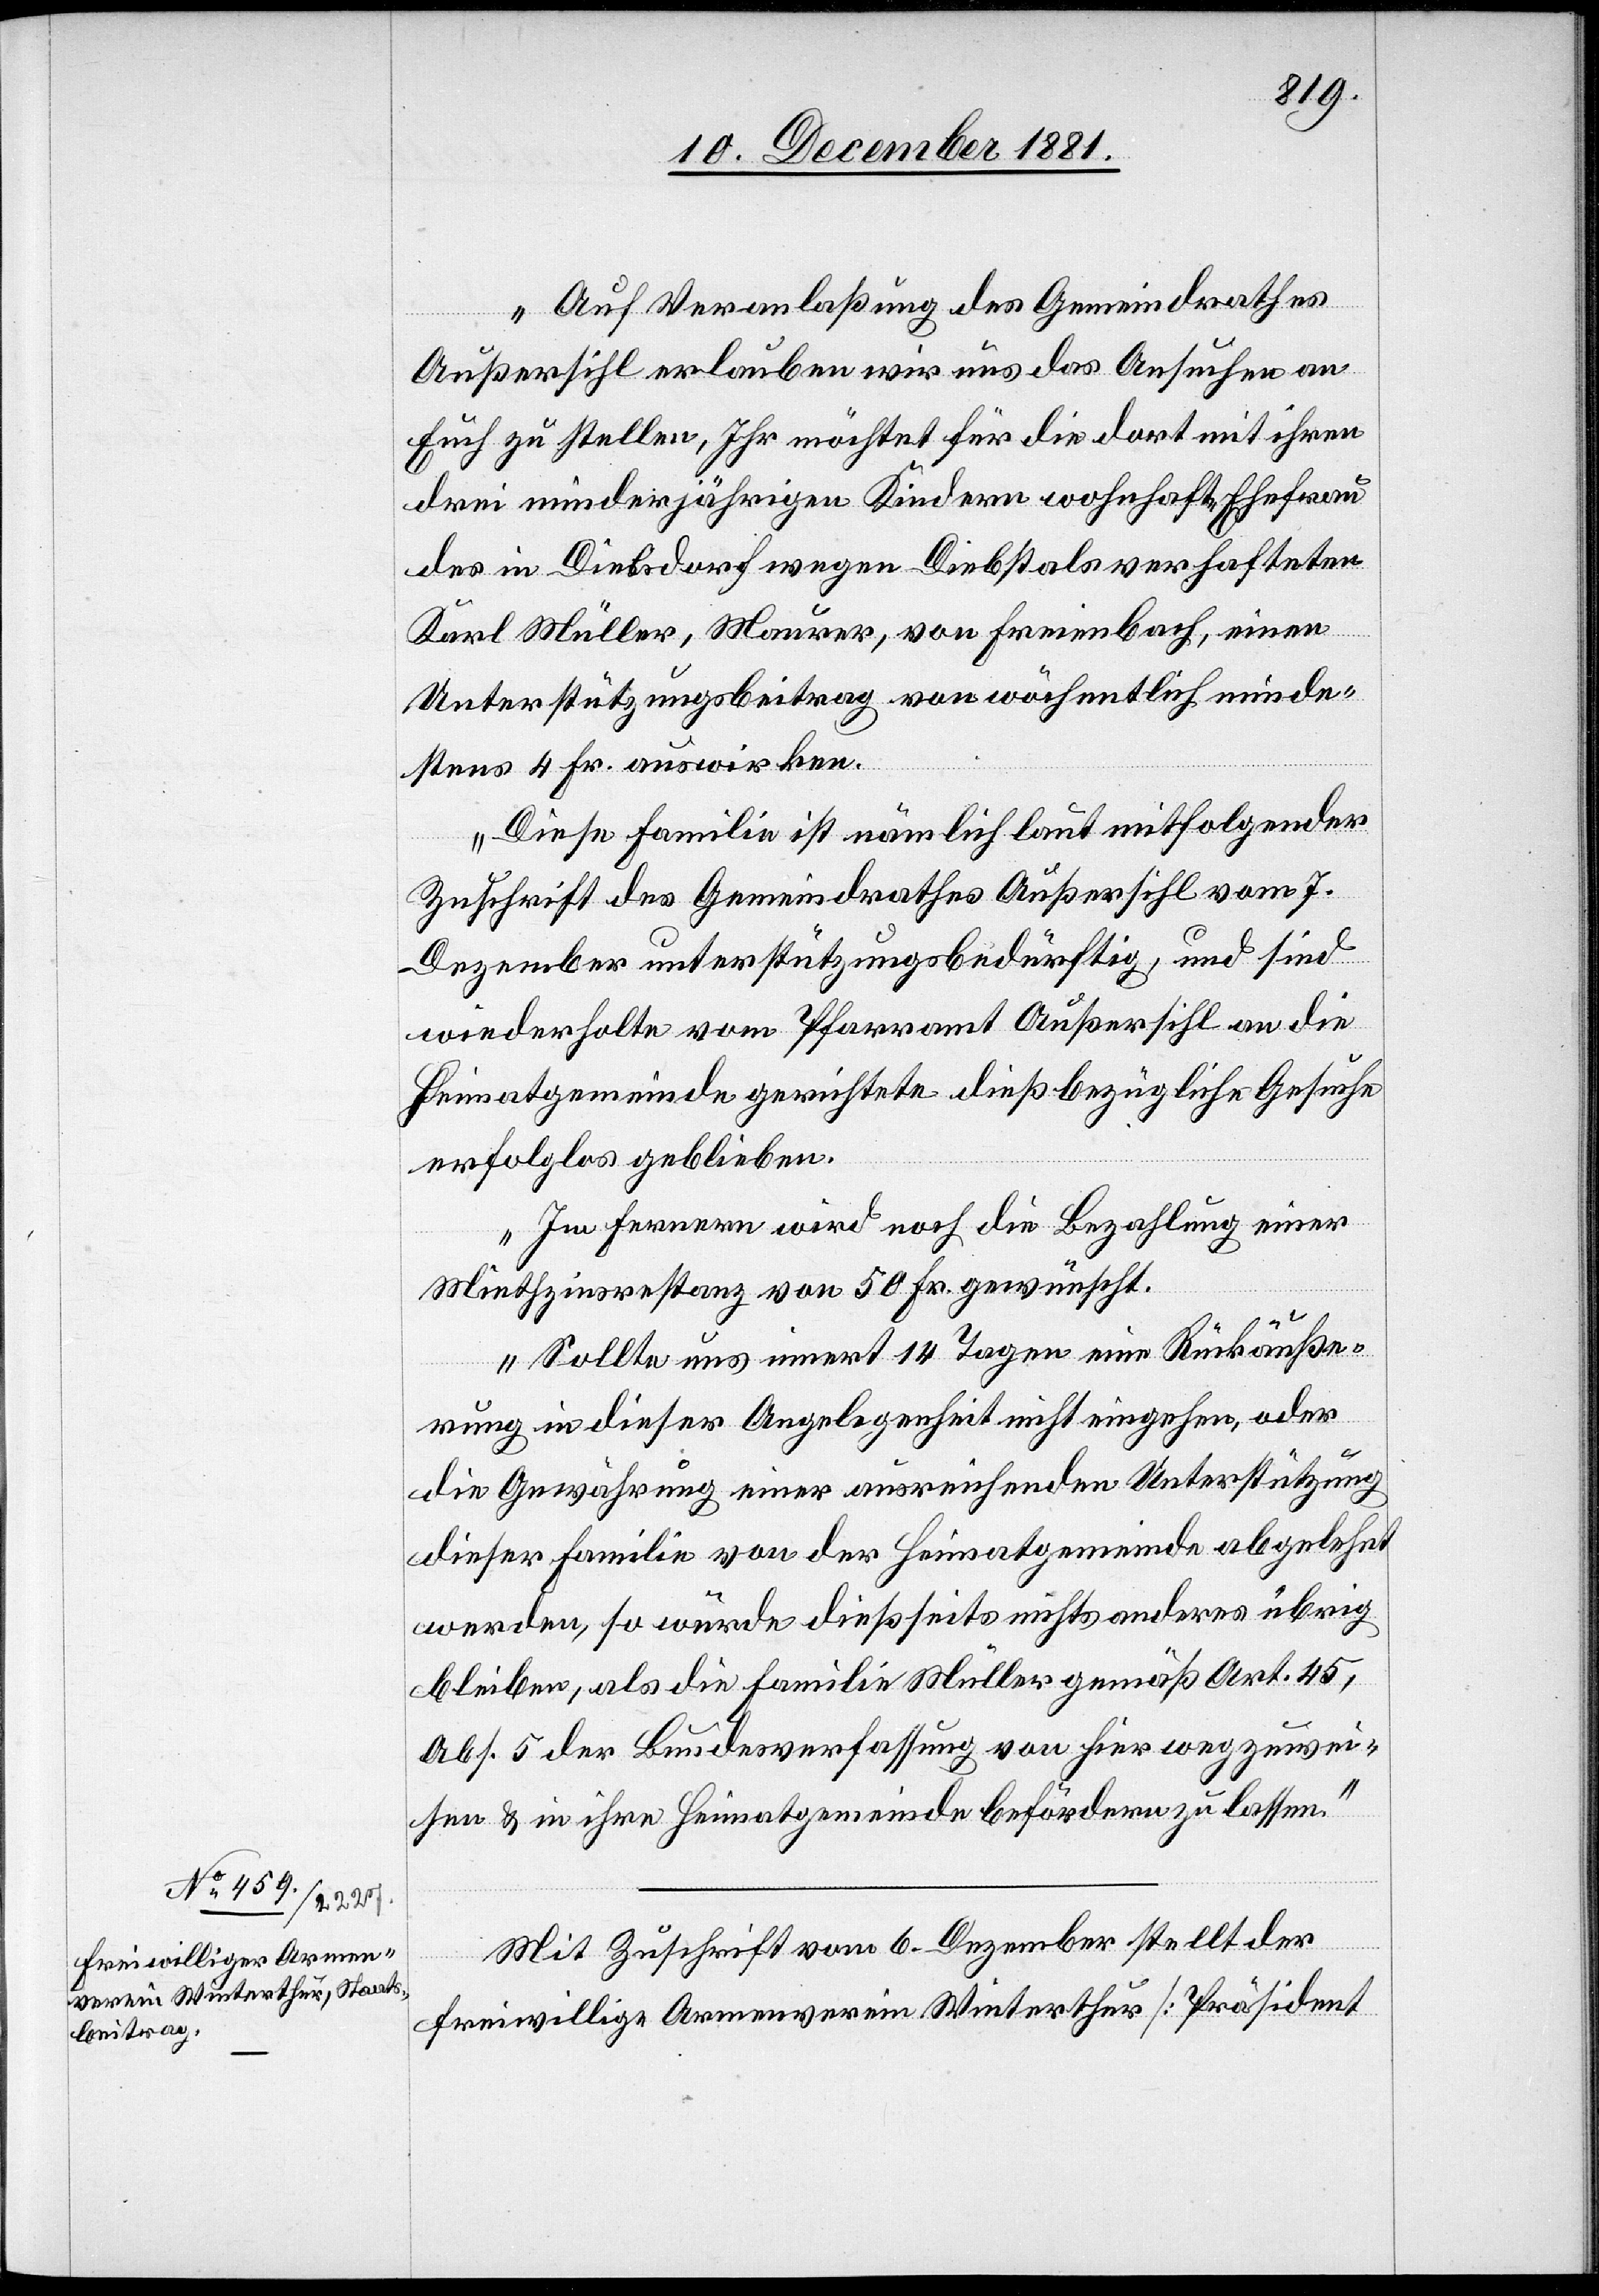
„Auf Veranlaßung des Gemeindrathes
Außersihl erlauben wir uns das Ansuchen an
Euch zu stellen, Ihr möchtet für die dort mit ihren
drei minderjährigen Kindern wohnhafte Ehefrau
des in Dielsdorf wegen Diebstals verhafteten
Karl Müller, Maurer, von Freienbach, einen
Unterstützungsbeitrag von wöchentlich minde¬
stens 4 Fr. auswirken.
Diese Familie ist nämlich laut mitfolgender
Zuschrift des Gemeindrathes Außersihl vom 7.
Dezember unterstützungsbedürftig, und sind
wiederholte vom Pfarramt Außersihl an die
Heimatgemeinde gerichtete dießbezügliche Gesuche
erfolglos geblieben.
Im Fernern wird noch die Bezahlung einer
Miethzinsrestanz von 50 Fr. gewünscht.
Sollte uns innert 14 Tagen eine Rückäuße¬
rung in dieser Angelegenheit nicht eingehen, oder
die Gewährung einer ausreichenden Unterstützung
dieser Familie von der Heimatgemeinde abgelehnt
werden, so würde dießseits nichts anderes übrig
bleiben, als die Familie Müller gemäß Art. 45,
Abs. 5 der Bundesverfassung von hier wegzuwei¬
sen & in ihre Heimatgemeinde befördern zu lassen.“
Mit Zuschrift vom 6. Dezember stellt der
freiwillige Armenverein Winterthur [Präsident